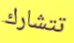
تتشارك